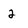
Character: 2